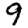
Digit: 9